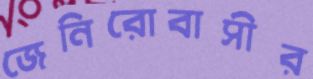
জেনিরোবাসীর